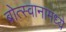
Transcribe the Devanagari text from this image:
बोत्स्वानामध्ये